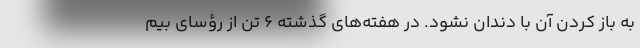
به باز کردن آن با دندان نشود. در هفته‌های گذشته ۶ تن از رؤسای بیم